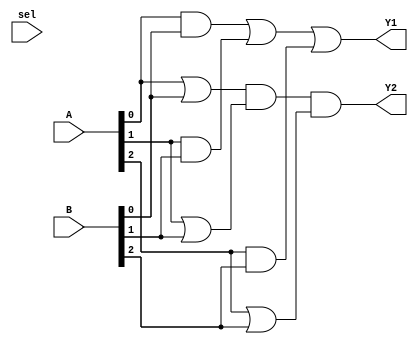
module comb_logic (
    input wire [3:0] A,      // 4-bit input
    input wire [3:0] B,      // 4-bit input
    input wire sel,          // Select signal for multiplexer
    output wire Y1,          // Output for SOP
    output wire Y2           // Output for POS
);

// Sum of Products (SOP) example
// Assuming Y1 = A0B0 + A1B1 + A2B2 (example logic function)
assign Y1 = (A[0] & B[0]) | (A[1] & B[1]) | (A[2] & B[2]);

// Product of Sums (POS) example
// Assuming Y2 = (A0 + B0)(A1 + B1)(A2 + B2) (example logic function)
assign Y2 = (A[0] | B[0]) & (A[1] | B[1]) & (A[2] | B[2]);

endmodule